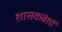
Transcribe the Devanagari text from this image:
शासकवंशों